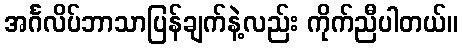
အင်္ဂလိပ်ဘာသာပြန်ချက်နဲ့လည်း ကိုက်ညီပါတယ်။